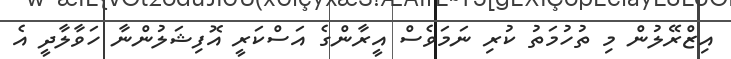
އިޒްރޭލުން މި ތުހުމަތު ކުރި ނަމަވެސް އީރާންގެ އަސްކަރީ އޮފިޝަލުންނާ ހަވާލާދީ އެ